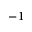
^ { - 1 }